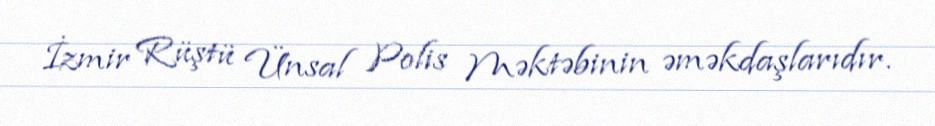
İzmir Rüştü Ünsal Polis Məktəbinin əməkdaşlarıdır.